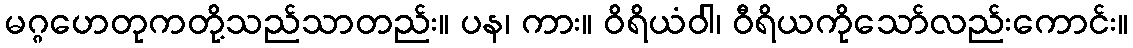
မဂ္ဂဟေတုကတို့သည်သာတည်း။ ပန၊ ကား။ ဝိရိယံဝါ၊ ဝီရိယကိုသော်လည်းကောင်း။